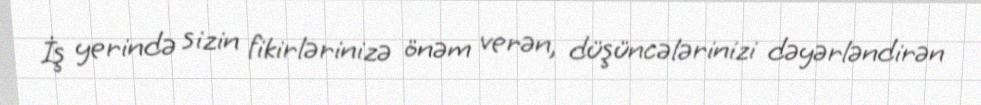
İş yerində sizin fikirlərinizə önəm verən, düşüncələrinizi dəyərləndirən